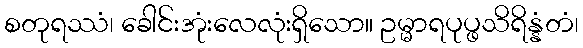
စတုရဿံ၊ ခေါင်းအုံးလေလုံးရှိသော။ ဥမ္မာရပုပ္ဖသိရိန္နံတံ၊